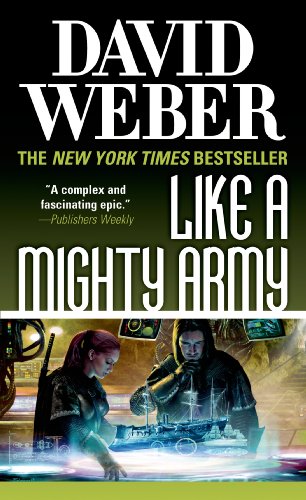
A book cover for Like a Mighty Army (Safehold); David Weber; Science Fiction & Fantasy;